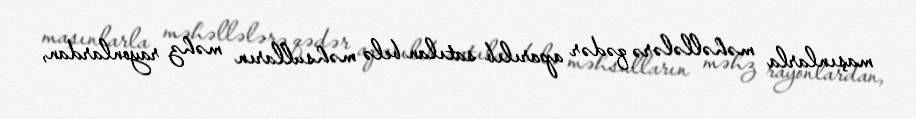
maşınlarla məhəllələrə qədər aparılıb satılan belə məhsulların məhz rayonlardan,